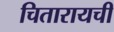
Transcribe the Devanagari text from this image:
चितारायची